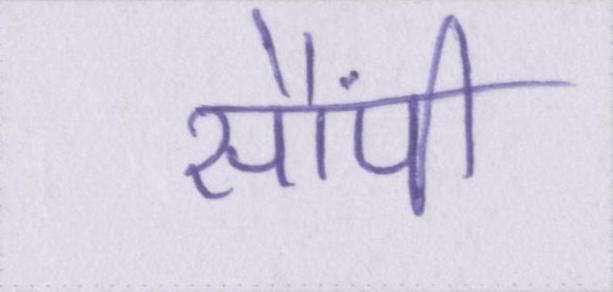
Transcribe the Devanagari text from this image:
सौंपी